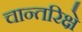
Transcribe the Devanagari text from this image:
चान्तरिक्षे